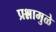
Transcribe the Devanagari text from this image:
प्रश्नामुळे